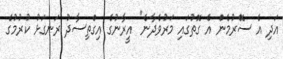
އަދި އެ ސޮެރުމެން އެ ގޮތުގައި މަރުވެދާނެ" އީރާނުގެ އިގްތިސާދު ރަނގަޅު ކުރުމުގެ